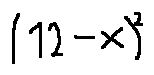
( 1 2 - x ) ^ { 2 }